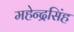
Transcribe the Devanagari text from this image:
महेन्द्रसिंह